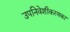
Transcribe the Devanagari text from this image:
उपनिवेशीकरणका